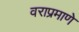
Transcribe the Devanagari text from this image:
वराप्रमाणे